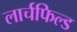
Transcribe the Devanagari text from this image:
लार्चफिल्ड